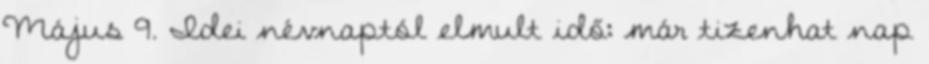
Május 9. Idei névnaptól elmult idő: már tizenhat nap